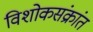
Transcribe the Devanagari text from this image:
विशोकसंक्रांत